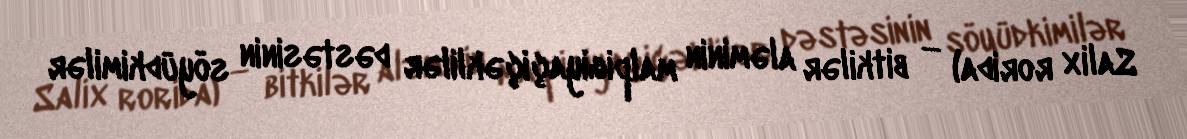
Salix rorida) — bitkilər aləminin malpigiyaçiçəklilər dəstəsinin söyüdkimilər